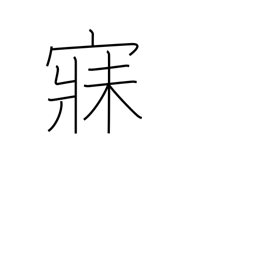
Meaning: sleep